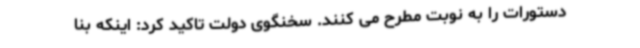
دستورات را به نوبت مطرح می کنند. سخنگوی دولت تاکید کرد: اینکه بنا